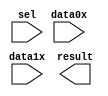
module lpm_mux593651 (
	data0x,
	data1x,
	sel,
	result);

	input	[23:0]  data0x;
	input	[23:0]  data1x;
	input	  sel;
	output	[23:0]  result;

endmodule